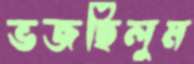
ভজছিলুম